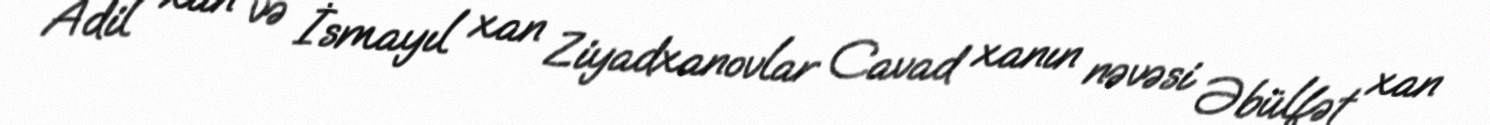
Adil xan və İsmayıl xan Ziyadxanovlar Cavad xanın nəvəsi Əbülfət xan